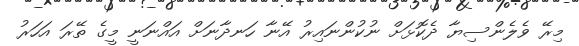
މިރޭ ވެލެންސިޔާ ދެކޮޅަށް ނުކުންނައިރު އޭނާ ހަނދާނަށް އައްނަނީ މީގެ ތޭރަ އަހަރު